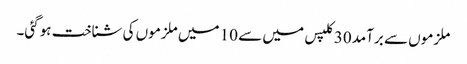
ملزموں سے برآمد 30 کلپس میں سے 10 میں ملزموں کی شناخت ہوگئی۔